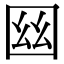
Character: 𡇟